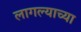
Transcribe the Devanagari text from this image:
लागल्याच्या